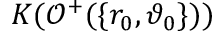
K ( \mathcal { O } ^ { + } ( \{ r _ { 0 } , \vartheta _ { 0 } \} ) )